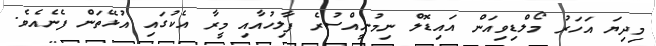
މިދިޔަ އަހަރު މޯލްޑިވިއަން އައިޑޮލް ނިމުނީއްސުރެ ފާލިހުއާއި މީރާ އެކުގައި އުޅޭތަން ފެނެއެވެ.